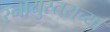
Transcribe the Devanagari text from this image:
स्नायुस्तराच्या